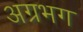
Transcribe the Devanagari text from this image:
अग्रभग